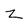
Character: z